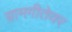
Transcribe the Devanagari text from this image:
ग्रामगीतेवर